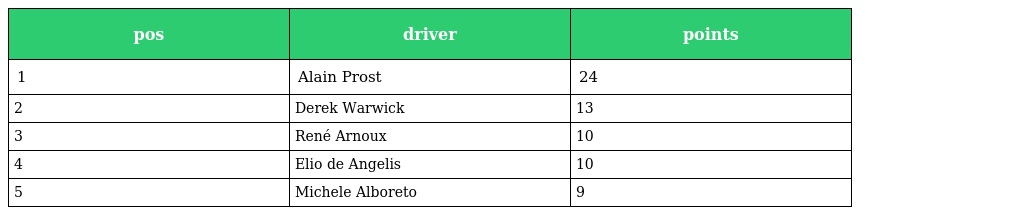
| pos | driver | points |
 | --- | --- | --- |
 | 1 | Alain Prost | 24 |
 | 2 | Derek Warwick | 13 |
 | 3 | René Arnoux | 10 |
 | 4 | Elio de Angelis | 10 |
 | 5 | Michele Alboreto | 9 |